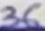
Text: 36